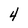
Character: 4